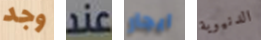
وجد عند ايجار الدنيوية